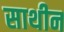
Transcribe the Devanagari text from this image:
साथीन